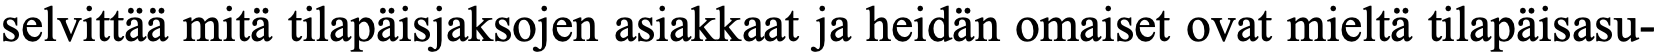
selvittää mitä tilapäisjaksojen asiakkaat ja heidän omaiset ovat mieltä tilapäisasu-